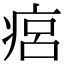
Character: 㾔